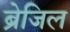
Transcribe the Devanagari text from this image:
ब्रेजिल